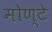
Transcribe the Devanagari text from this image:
मोण्टे